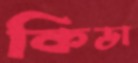
কিডা